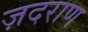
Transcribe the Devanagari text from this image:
ज़दराण